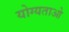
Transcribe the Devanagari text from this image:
योग्यताओ